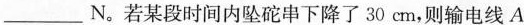
___N。若某段时间内坠砣串下降了30cm，则输电线A